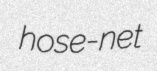
hose-net